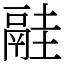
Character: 𩰳